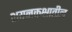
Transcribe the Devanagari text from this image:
शयनकक्षातील